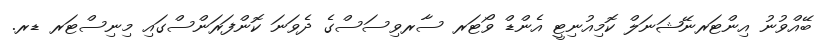
ބޭއްވުނު އިންޓަރނޭޝަނަލް ކޮމިއުނިޓީ އެންޑް ވޯޓަރ ސާރވިސަސްގެ ދެވަނަ ކޮންފަރަންސްގައި މިނިސްޓަރ ޑރ.